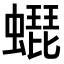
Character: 𧑜